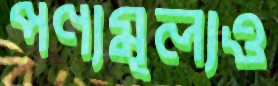
পণ্যমূল্যও